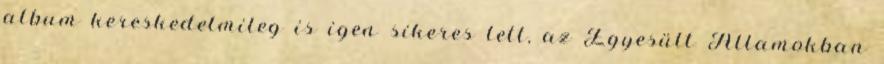
album kereskedelmileg is igen sikeres lett, az Egyesült Államokban